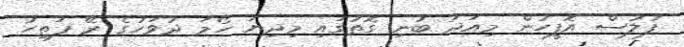
ފުލުސް އޮފީހުން މިއަދު ބުނި ގޮތުގައި މިދިޔަ ހޯމަ ދުވަހުގެ ރޭ ފަތިހު